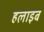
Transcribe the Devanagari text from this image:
हलाइब